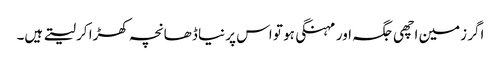
اگر زمین اچھی جگہ اور مہنگی ہو تو اس پر نیا ڈھانچہ کھڑا کر لیتے ہیں۔